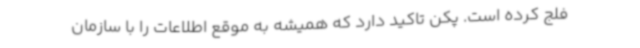
فلج کرده است. پکن تاکید دارد که همیشه به موقع اطلاعات را با سازمان